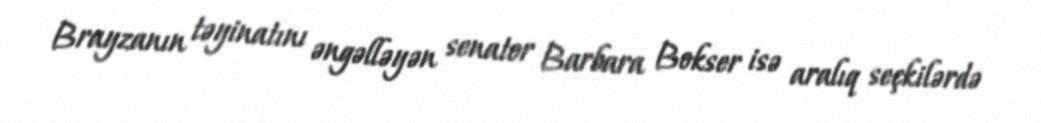
Brayzanın təyinatını əngəlləyən senator Barbara Bokser isə aralıq seçkilərdə